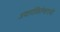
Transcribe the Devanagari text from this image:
अवलोकितेश्वराची